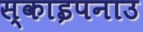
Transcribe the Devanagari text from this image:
स्काइपनाउ